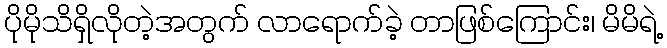
ပိုမိုသိရှိလိုတဲ့အတွက် လာရောက်ခဲ့ တာဖြစ်ကြောင်း၊ မိမိရဲ့